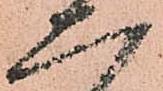
二